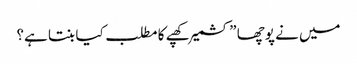
میں نے پوچھا ”کشمیر کھپے کا مطلب کیا بنتا ہے؟